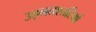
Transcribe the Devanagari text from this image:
उड़नतश्तरियों